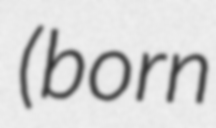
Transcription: (born